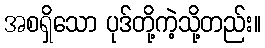
အစရှိသော ပုဒ်တို့ကဲ့သို့တည်း။